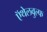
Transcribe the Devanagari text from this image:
ऍथेलवुल्फ